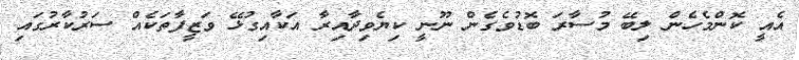
އެއީ ކޮންމެހެން ލިބޭ މުސާރަ ބޮޑުވެގެން ނޫނީ ކިޔެވިދާއިރާ އަކާއިގުޅޭ ވަޒީފާތަކެއް ސަރުކާރުގައި